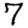
Digit: 7